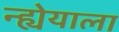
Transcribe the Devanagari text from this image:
न्ह्येयाला